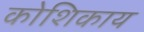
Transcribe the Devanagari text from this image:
कोशिकाय